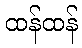
ထန်ထန်